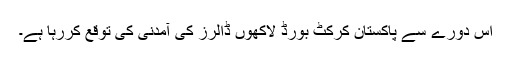
اس دورے سے پاکستان کرکٹ بورڈ لاکھوں ڈالرز کی آمدنی کی توقع کررہا ہے۔